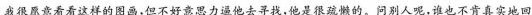
我很愿意看看这样的图画，但不好意思力遏他去寻找，他是很疏懒的。问别人呢，谁也不肯真实地回